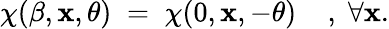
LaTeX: \chi(\beta,\mathbf{x},\theta)\; =\; \chi(0,\mathbf{x},-\theta)\; \; \; \; ,\; \forall\mathbf{x}.